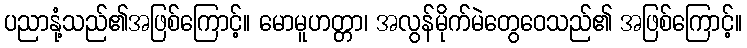
ပညာနုံ့သည်၏အဖြစ်ကြောင့်။ မောမူဟတ္တာ၊ အလွန်မိုက်မဲတွေဝေသည်၏ အဖြစ်ကြောင့်။